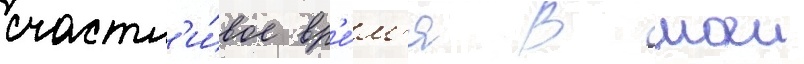
счастл'и́вое вр'е́м'я в моеи